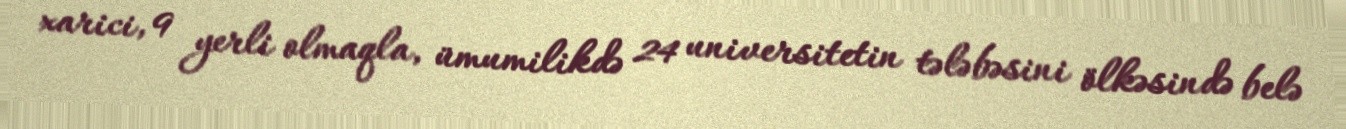
xarici, 9 yerli olmaqla, ümumilikdə 24 universitetin tələbəsini ölkəsində belə